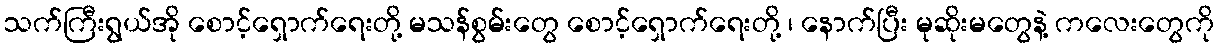
သက်ကြီးရွယ်အို စောင့်ရှောက်ရေးတို့ မသန်စွမ်းတွေ စောင့်ရှောက်ရေးတို့ ၊ နောက်ပြီး မုဆိုးမတွေနဲ့ ကလေးတွေကို